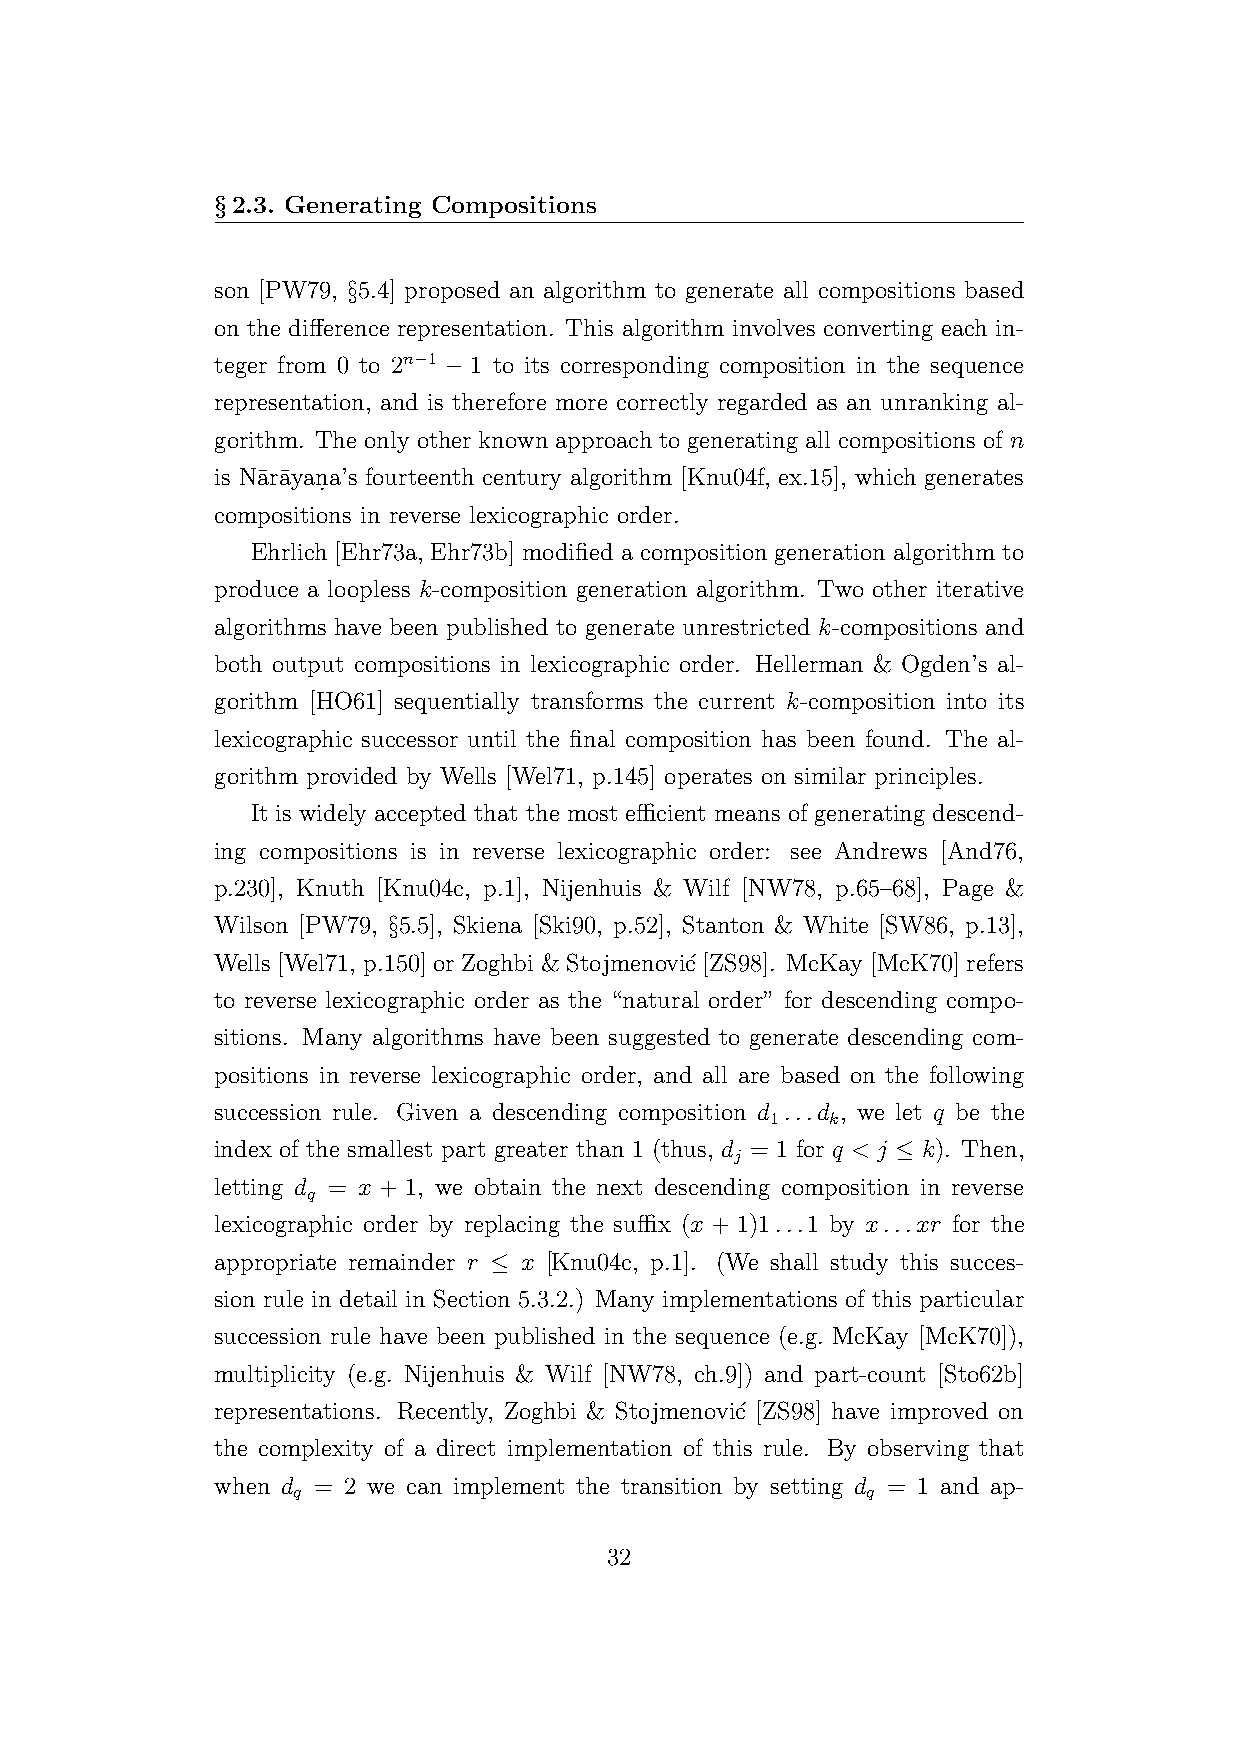
§2.3. Generating Compositions
 son [PW79, §5.4] proposed an algorithm to generate all compositions based
 on the difference representation. This algorithm involves converting each in-
 teger from 0 to 2n−1 − 1 to its corresponding composition in the sequence
 representation, and is therefore more correctly regarded as an unranking al-
 gorithm. The only other known approach to generating all compositions of n
 is Na¯ra¯yan.a’s fourteenth century algorithm [Knu04f, ex.15], which generates
 compositions in reverse lexicographic order.
 Ehrlich [Ehr73a, Ehr73b] modified a composition generation algorithm to
 produce a loopless k-composition generation algorithm. Two other iterative
 algorithms have been published to generate unrestricted k-compositions and
 both output compositions in lexicographic order. Hellerman & Ogden’s al-
 gorithm [HO61] sequentially transforms the current k-composition into its
 lexicographic successor until the final composition has been found. The al-
 gorithm provided by Wells [Wel71, p.145] operates on similar principles.
 It is widely accepted that the most efficient means of generating descend-
 ing compositions is in reverse lexicographic order: see Andrews [And76,
 p.230], Knuth [Knu04c, p.1], Nijenhuis & Wilf [NW78, p.65–68], Page &
 Wilson [PW79, §5.5], Skiena [Ski90, p.52], Stanton & White [SW86, p.13],
 Wells [Wel71, p.150] or Zoghbi & Stojmenovi´c [ZS98]. McKay [McK70] refers
 to reverse lexicographic order as the “natural order” for descending compo-
 sitions. Many algorithms have been suggested to generate descending com-
 positions in reverse lexicographic order, and all are based on the following
 succession rule. Given a descending composition d ...d , we let q be the
 1   k
 index of the smallest part greater than 1 (thus, d = 1 for q < j ≤ k). Then,
 j
 letting d = x + 1, we obtain the next descending composition in reverse
 q
 lexicographic order by replacing the suffix (x + 1)1...1 by x...xr for the
 appropriate remainder r ≤ x [Knu04c, p.1]. (We shall study this succes-
 sion rule in detail in Section 5.3.2.) Many implementations of this particular
 succession rule have been published in the sequence (e.g. McKay [McK70]),
 multiplicity (e.g. Nijenhuis & Wilf [NW78, ch.9]) and part-count [Sto62b]
 representations. Recently, Zoghbi & Stojmenovi´c [ZS98] have improved on
 the complexity of a direct implementation of this rule. By observing that
 when d = 2 we can implement the transition by setting d = 1 and ap-
 q                                     q
 32